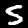
Digit: 5